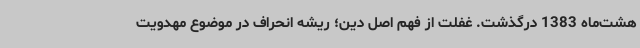
هشت‌ماه 1383 درگذشت. غفلت از فهم اصل دین؛ ریشه انحراف در موضوع مهدویت